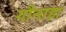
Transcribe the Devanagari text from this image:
गौनाहा